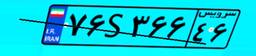
۱۹S۰۷۶۶۸